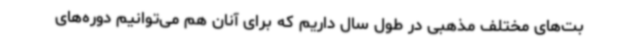
بت‌های مختلف مذهبی در طول سال داریم که برای آنان هم می‌توانیم دوره‌های